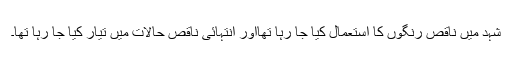
شہد میں ناقص رنگوں کا استعمال کیا جا رہا تھااور انتہائی ناقص حالات میں تیار کیا جا رہا تھا۔